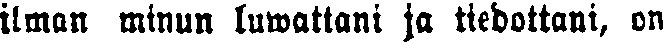
ilman minun luwattani ja tiedottani, on